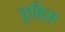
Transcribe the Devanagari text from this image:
हुब्रिस